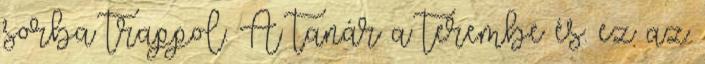
sorba trappol. A tanár a terembe és. ez az